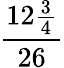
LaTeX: \frac{12{\frac{3}{4}}}{26}